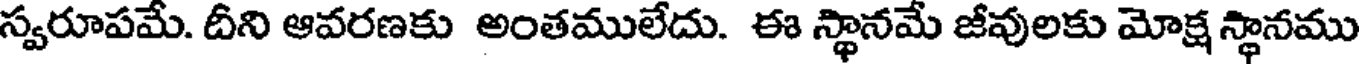
స్వరూపమే. దీని ఆవరణకు అంతములేదు. ఈ స్థానమే జీవులకు మోక్ష స్థానము